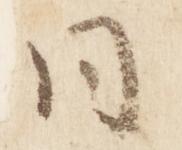
同